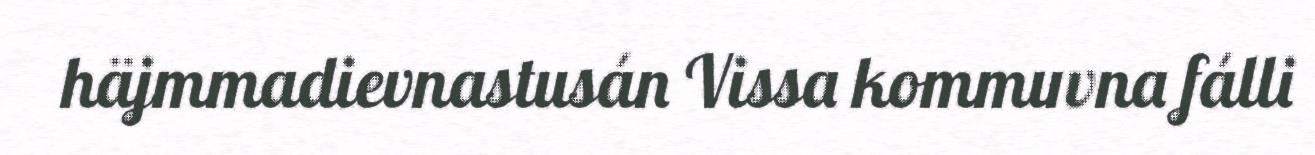
häjmmadievnastusán Vissa kommuvna fálli